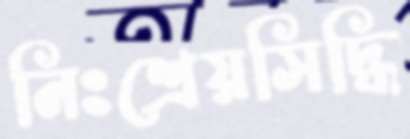
নিঃশ্রেয়সিদ্ধি